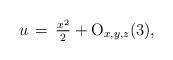
LaTeX: \begin{align*}u\,=\,\tfrac{x^2}{2}+{\rm O}_{x,y,z}(3),\end{align*}